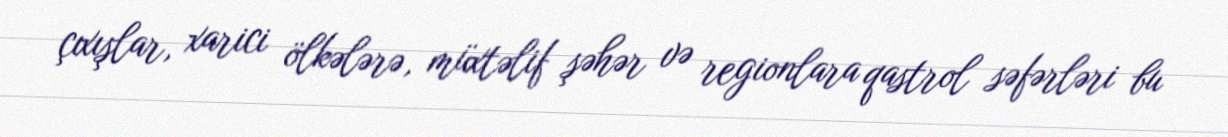
çıxışlar, xarici ölkələrə, müxtəlif şəhər və regionlara qastrol səfərləri bu